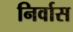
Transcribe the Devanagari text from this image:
निर्वास